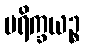
ပရိက္ခယဉ္စ